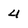
Character: 4